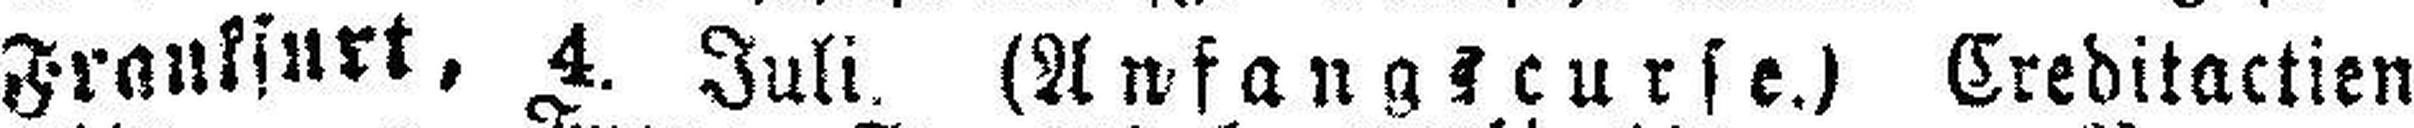
Frankfurt, 4. Juli. (Anfangscurse.) Creditactien